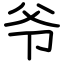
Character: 爷